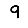
Digit: 9